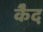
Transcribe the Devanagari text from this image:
कैेद